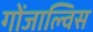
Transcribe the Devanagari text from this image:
गोंजाल्विस